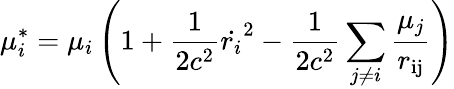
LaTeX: \mu_{i}^{*}=\mu_{i}\left(1+\frac{1}{2c^{2}}\dot{r_{i}}^{2}-\frac{1}{2c^{2}}\sum_{j\neq i}\frac{\mu_{j}}{r_{\mathrm{ij}}}\right)